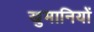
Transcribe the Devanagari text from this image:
खुमानियों